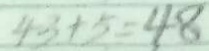
4 3 + 5 = 4 8